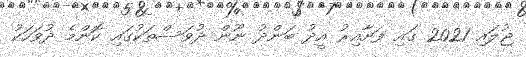
ޖުލައި 2021 ގައި ފަށާއިރު އީދު ބަންދު ނޫން ދުވަސްތަކުގައި ކޮންމެ ދުވަހަކު